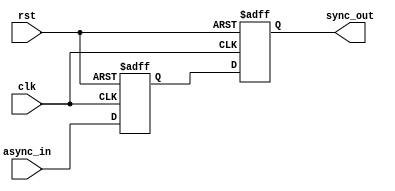
module meta_stability_filter (
    input wire clk,          // Clock signal
    input wire async_in,     // Asynchronous input signal
    input wire rst,          // Reset signal (optional)
    output reg sync_out      // Synchronized output signal
);

    // Internal signals for the two flip-flops
    reg ff1_out;            // Output of the first flip-flop

    // First flip-flop (FF1)
    always @(posedge clk or posedge rst) begin
        if (rst) begin
            ff1_out <= 1'b0; // Initialize to known state on reset
        end else begin
            ff1_out <= async_in; // Sample the asynchronous input
        end
    end

    // Second flip-flop (FF2)
    always @(posedge clk or posedge rst) begin
        if (rst) begin
            sync_out <= 1'b0; // Initialize to known state on reset
        end else begin
            sync_out <= ff1_out; // Sample the output of FF1
        end
    end

endmodule